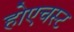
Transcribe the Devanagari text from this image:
होएचस्ट